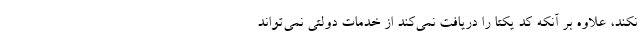
نکند، علاوه بر آنکه کد یکتا را دریافت نمی‌کند از خدمات دولتی نمی‌تواند